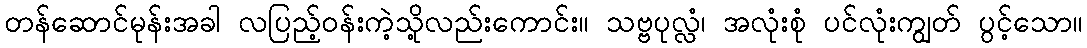
တန်ဆောင်မုန်းအခါ လပြည့်ဝန်းကဲ့သို့လည်းကောင်း။ သဗ္ဗပုလ္လံ၊ အလုံးစုံ ပင်လုံးကျွတ် ပွင့်သော။